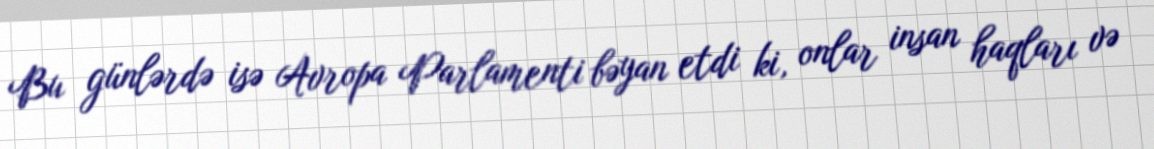
Bu günlərdə isə Avropa Parlamenti bəyan etdi ki, onlar insan haqları və